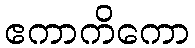
ဧကာကိကော